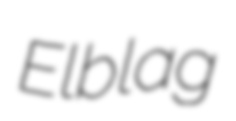
Elblag